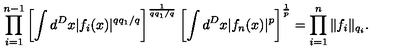
\prod _ { i = 1 } ^ { n - 1 } \left[ \int d ^ { D } x | f _ { i } ( x ) | ^ { q q _ { 1 } / q } \right] ^ { \frac { 1 } { q q _ { 1 } / q } } \left[ \int d ^ { D } x | f _ { n } ( x ) | ^ { p } \right] ^ { \frac { 1 } { p } } = \prod _ { i = 1 } ^ { n } \| f _ { i } \| _ { q _ { i } } .